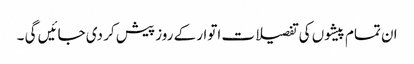
ان تمام پیشوں کی تفصیلات اتوار کے روز پیش کر دی جائیں گی ۔